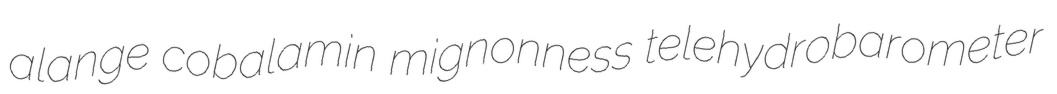
alange cobalamin mignonness telehydrobarometer